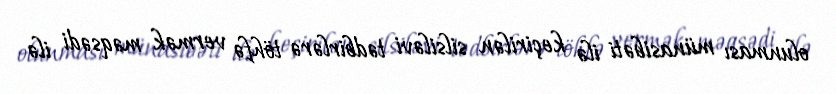
olunması münasibəti ilə keçirilən silsiləvi tədbirlərə töhfə vermək məqsədi ilə